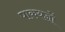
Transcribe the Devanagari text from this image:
पाकयज्ञों